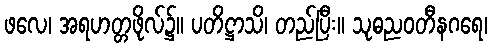
ဖလေ၊ အရဟတ္တဖိုလ်၌။ ပတိဋ္ဌာသိ၊ တည်ပြီး။ သုဓညဝတီနဂရေ၊